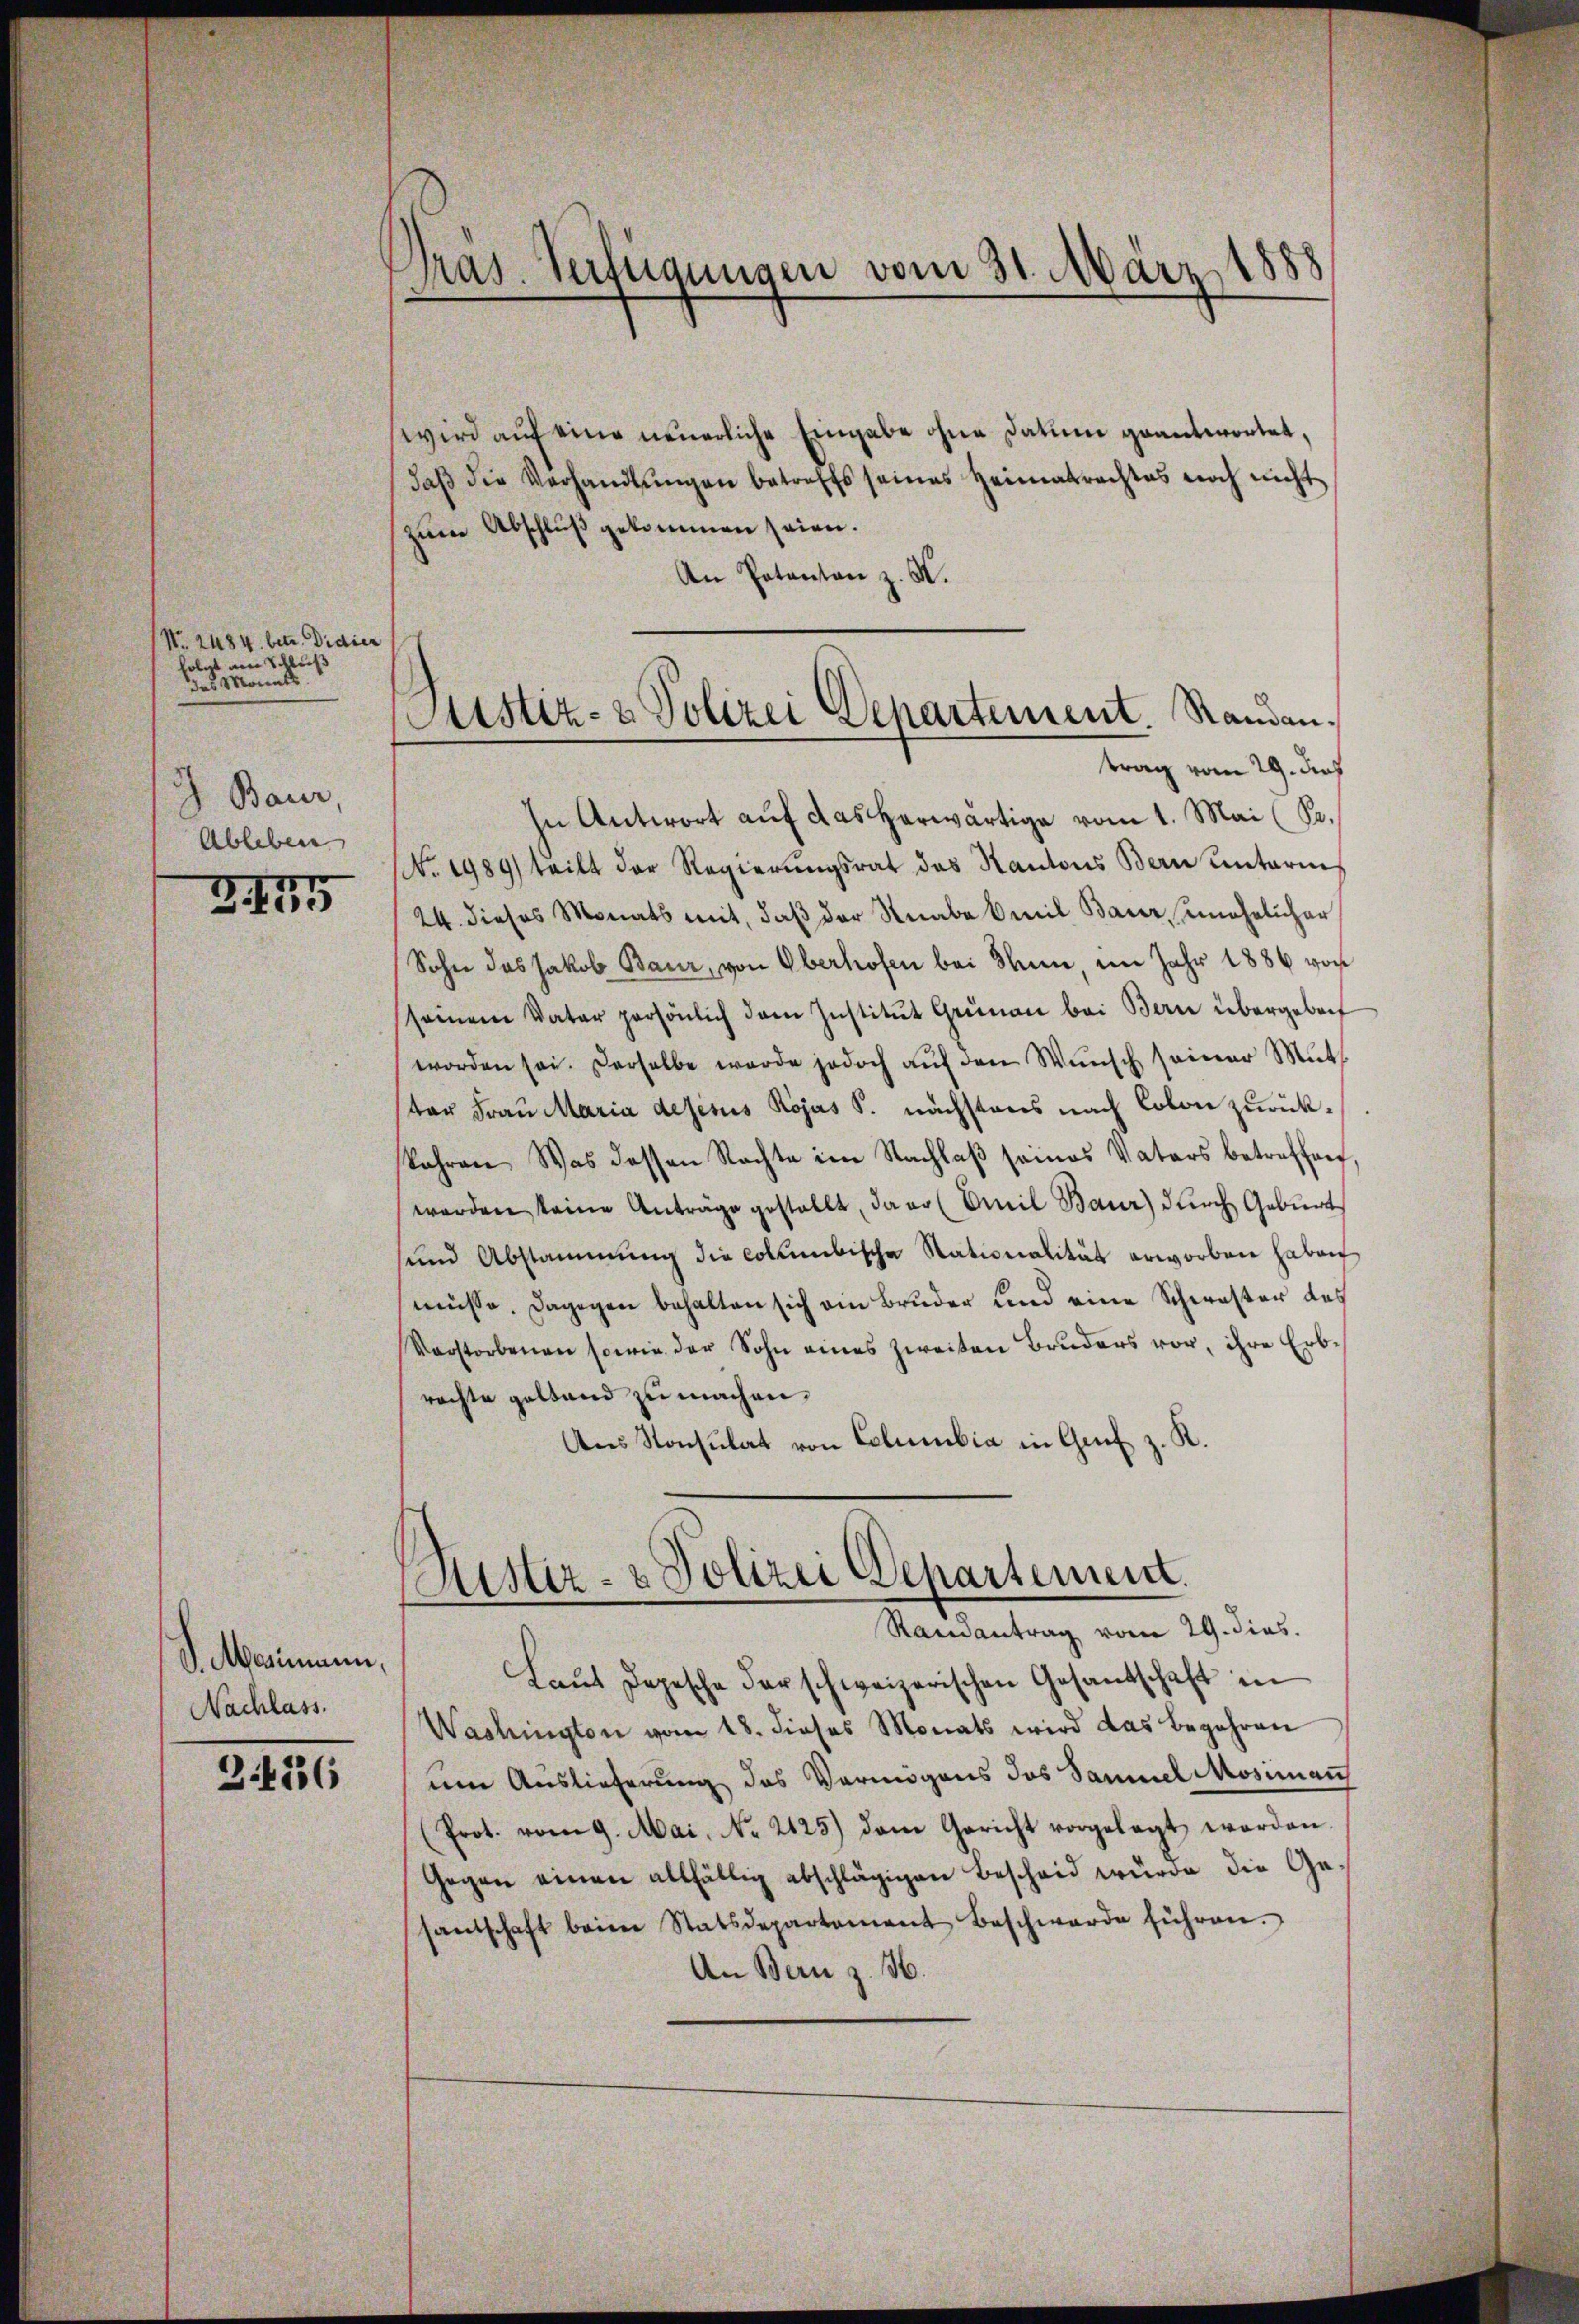
No. 2484. betr. Didier
folgt am Schleiß
das Monats
5
d Bauer,
Ableben

245

S. Marimann,
Nachlass.

3.416

Präs. Verfügungen vom 31. März 1888

wird auf eine neuerliche Eingabe ohne Datum geantwortet,
daβ die Verhandlŭngen betreffs seines Heimatrachtes noch nicht
zum Abschluß gekommen seien.
An Potanton z. B.
In Antwort auf das herwärtige vom 1. Mai (Sa.
No. 1989) teilt der Regierŭngsrat das Kantons Bern unterm
24. dieses Monats mit, daβ der Knabe Emil Baur, unehelicher
Sohn das Jakob Baur, von Oberhofen bei Thun im Jahr 1886 von
seinem Vater persönlich dem Institŭt Grünau bei Bern übergeben
worden sei. Derselbe werde jedoch aŭf den Wunsch seiner Mut
tar Frau Maria dejesus Rojas S. nächstens nach Colon zurückbahren. Was dessen Nachte im Nachlaβ seines Vaters betreffen
werden keine Anträge gestellt, davo (Emil Baur) durch Geburt
und Abstammung die collumbische Stationalität erworben haben
müsse. Dagegen behalten sich ein Bruder und eine Schwester des
Verstorbenen sowie der Sohn eines zweiten Bruders vor, ihre Erbrachte geltend zu machen.
Aus Konsulat von Columbia in Genf z. R.
Aistiz- & Polizei Departement.
Randantrag vom 29. dies
Laŭt Depesche der schweizerischen Gesantschaft in
Washington vom 18. dieses Monats wird das Begehren
um Auslieferung das Vermögens das Samuel Mosiman
(Prot. vom 9. Mai, No. 2125) dem Gericht vorgelegt worden.
Gegen einen allfällig abschlägigen Bescheid würde die Gesantschaft beim Statsdepartement Beschwerde führen.
An Bern z. H.

Justiz- & Polizei Departement Randen.
trag vom 29. Das